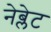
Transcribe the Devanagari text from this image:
नेब्लेट